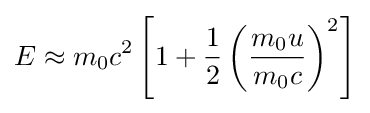
E\approx m_{0}c^{2}\left[1+{\frac {1}{2}}\left({\frac {m_{0}u}{m_{0}c}}\right)^{2}\right]